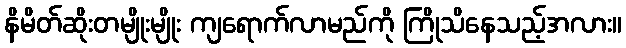
နိမိတ်ဆိုးတမျိုးမျိုး ကျရောက်လာမည်ကို ကြိုသိနေသည့်အလား။